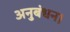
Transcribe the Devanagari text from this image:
अनुबंधन।